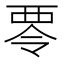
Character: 𮖿